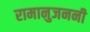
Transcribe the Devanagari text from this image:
रामानुजननी